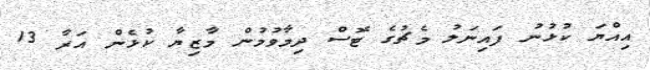
އިއްޔަ ކުޅުނު ފައިނަލު މެޗުގެ ޓޮސް ދިމާވުމުން މާޒިޔާ ކުޅެން އަރާ 13